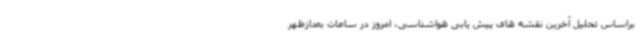
براساس تحلیل آخرین نقشه های پیش یابی هواشناسی، امروز در ساعات بعدازظهر